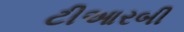
ટીઆરબી